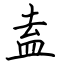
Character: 盍